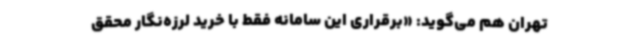
تهران هم می‌گوید: «برقراری این سامانه فقط با خرید لرزه‌نگار محقق